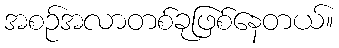
အစဉ်အလာတစ်ခုဖြစ်နေတယ်။